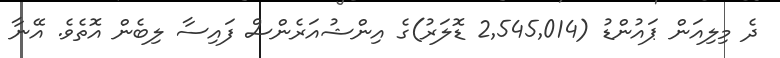
ދެ މިލިއަން ޕައުންޑު (2